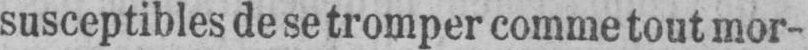
susceptibles de se tromper comme tout mor-